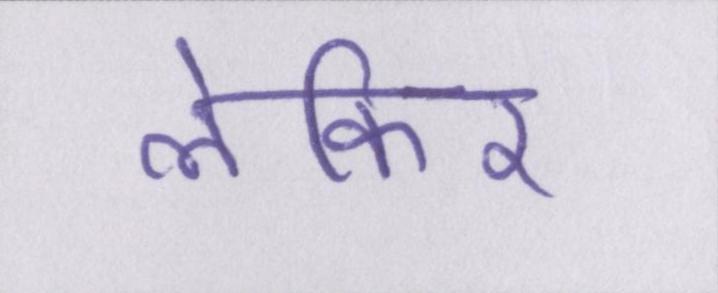
लेकिर